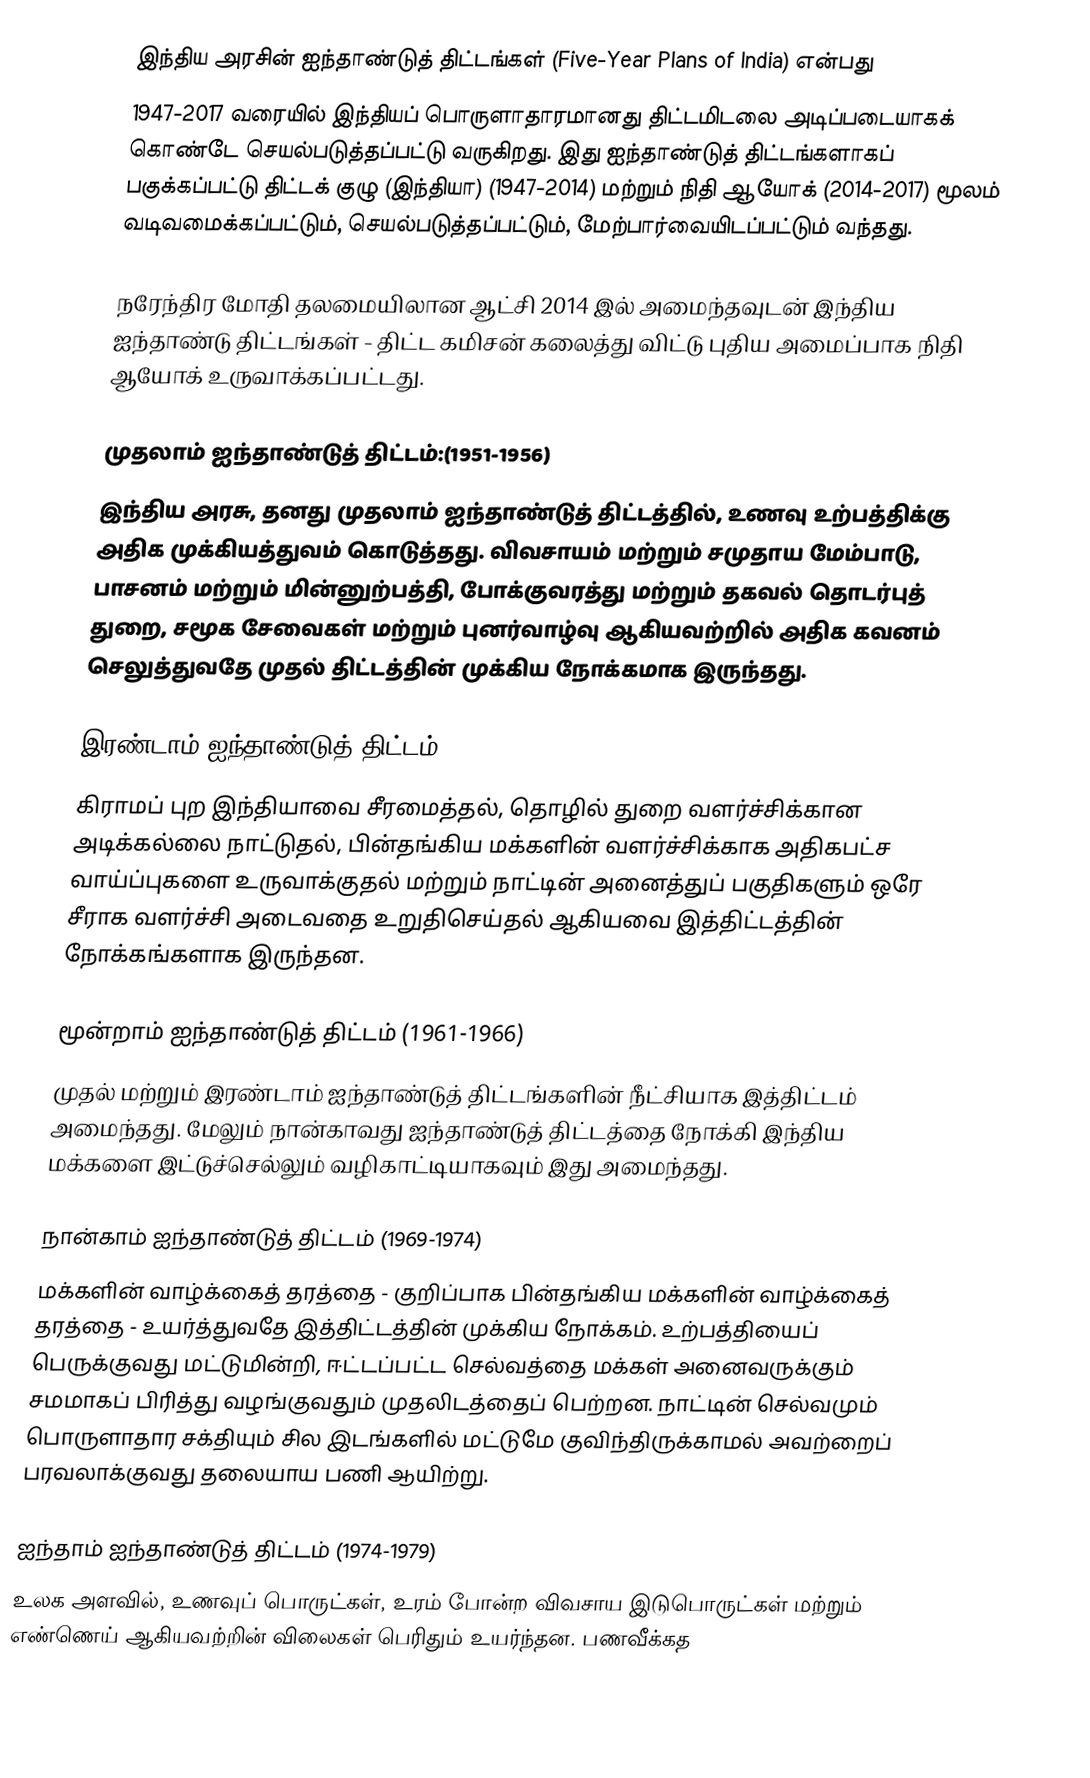
இந்திய அரசின் ஐந்தாண்டுத் திட்டங்கள் (Five-Year Plans of India) என்பது
1947-2017 வரையில் இந்தியப் பொருளாதாரமானது திட்டமிடலை அடிப்படையாகக் கொண்டே செயல்படுத்தப்பட்டு வருகிறது. இது ஐந்தாண்டுத் திட்டங்களாகப் பகுக்கப்பட்டு திட்டக் குழு (இந்தியா) (1947-2014) மற்றும் நிதி ஆயோக் (2014-2017) மூலம் வடிவமைக்கப்பட்டும், செயல்படுத்தப்பட்டும், மேற்பார்வையிடப்பட்டும் வந்தது.

நரேந்திர மோதி தலமையிலான ஆட்சி 2014 இல் அமைந்தவுடன் இந்திய ஐந்தாண்டு திட்டங்கள் - திட்ட கமிசன் கலைத்து விட்டு புதிய அமைப்பாக நிதி ஆயோக் உருவாக்கப்பட்டது.

முதலாம் ஐந்தாண்டுத் திட்டம்:(1951-1956)
இந்திய அரசு, தனது முதலாம் ஐந்தாண்டுத் திட்டத்தில், உணவு உற்பத்திக்கு அதிக முக்கியத்துவம் கொடுத்தது. விவசாயம் மற்றும் சமுதாய மேம்பாடு, பாசனம் மற்றும் மின்னுற்பத்தி, போக்குவரத்து மற்றும் தகவல் தொடர்புத் துறை, சமூக சேவைகள் மற்றும் புனர்வாழ்வு ஆகியவற்றில் அதிக கவனம் செலுத்துவதே முதல் திட்டத்தின் முக்கிய நோக்கமாக இருந்தது.

இரண்டாம் ஐந்தாண்டுத் திட்டம் (1956-1961)
கிராமப் புற இந்தியாவை சீரமைத்தல், தொழில் துறை வளர்ச்சிக்கான அடிக்கல்லை நாட்டுதல், பின்தங்கிய மக்களின் வளர்ச்சிக்காக அதிகபட்ச வாய்ப்புகளை உருவாக்குதல் மற்றும் நாட்டின் அனைத்துப் பகுதிகளும் ஒரே சீராக வளர்ச்சி அடைவதை உறுதிசெய்தல் ஆகியவை இத்திட்டத்தின் நோக்கங்களாக இருந்தன.

மூன்றாம்  ஐந்தாண்டுத் திட்டம் (1961-1966)
முதல் மற்றும் இரண்டாம் ஐந்தாண்டுத் திட்டங்களின் நீட்சியாக இத்திட்டம் அமைந்தது. மேலும் நான்காவது ஐந்தாண்டுத் திட்டத்தை நோக்கி இந்திய மக்களை இட்டுச்செல்லும் வழிகாட்டியாகவும் இது அமைந்தது.

நான்காம் ஐந்தாண்டுத் திட்டம் (1969-1974)
மக்களின் வாழ்க்கைத் தரத்தை - குறிப்பாக பின்தங்கிய மக்களின் வாழ்க்கைத் தரத்தை - உயர்த்துவதே இத்திட்டத்தின் முக்கிய நோக்கம். உற்பத்தியைப் பெருக்குவது மட்டுமின்றி, ஈட்டப்பட்ட செல்வத்தை மக்கள் அனைவருக்கும் சமமாகப் பிரித்து வழங்குவதும் முதலிடத்தைப் பெற்றன. நாட்டின் செல்வமும் பொருளாதார சக்தியும் சில இடங்களில் மட்டுமே குவிந்திருக்காமல் அவற்றைப் பரவலாக்குவது தலையாய பணி ஆயிற்று.

ஐந்தாம் ஐந்தாண்டுத் திட்டம் (1974-1979)
உலக அளவில், உணவுப் பொருட்கள், உரம் போன்ற விவசாய இடுபொருட்கள் மற்றும் எண்ணெய் ஆகியவற்றின் விலைகள் பெரிதும் உயர்ந்தன. பணவீக்கத